Report on sanitation, dispensaries, and jails in Rajputana for 1915, and on vaccination for the year 1915-1916 - 1915-1916
Year: 1915
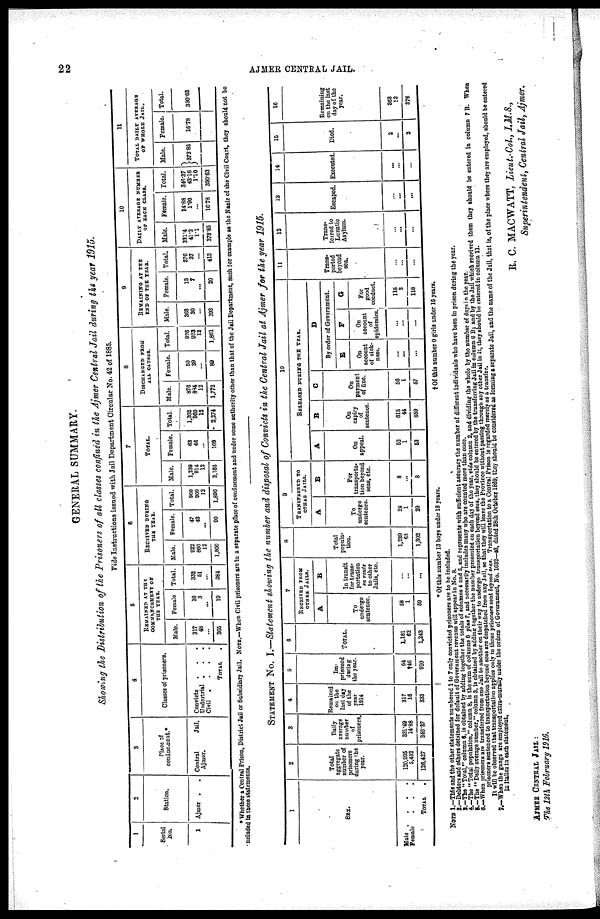
22
AJMER CENTRAL JAIL.
GENERAL SUMMARY.
Showing the Distribution of the Prisoners of all classes confined in the Ajmer Central Jail during the year 1915.
Vide Instructions issued with Jail Department Circular No. 42 of 1885.
1
Serial
No.
1
2
Station.
Ajmer . .
3
Place of
confinement.*
Central
Jail,
Ajmer.
4
Classes of prisoners
Convicts
. . .
Undertrial . . .
Civil .
.
.
.
TOTAL .
5
REMAINED AT THE
COMMANCEMENT OF
THE YEAR.
Male.
317
48
...
365
Female
16
3
...
19
Total.
333
51
...
384
6
RECEIVED DURING
THE YEAR.
Male.
922
866
12
1,800
female.
47
43
...
90
Total.
969
900
12
1,890
7
TOTAL.
Male
1,239
914
12
2,165
Female.
63
46
...
109
Total.
1,302
960
12
2,274
8
DISCHARGED FROM
ALL CAUSES.
Male.
876
884
12
1,772
Female.
50
39
...
89
Total.
926
923
12
1,861
9
REMAINING AT THE
END OF THE YEAR.
Male.
363
30
393
Female.
13
7
...
20
Total.
376
37
...
413
10
DAILY AVERAGE NUMBER
OF EACH CLASS.
Male.
331.4
41.2
1.1
373.85
Female.
14.88
1.90
...
16.78
Total.
346.37
43.16
1.10
300.63
11
TOTAL DAILY AVERAGE
OF WHOLE JAIL.
Male.
373. 85
Female.
16.78
Total.
390.63
* Whether a Central Prison, District Jail or Subsidiary Jail. NOTE.—When Civil prisoners are in a separate place of confinement and under some authority other than that of the Jail Department, such for example as the Nazir of the Civil Court, they should not be
included in these statements.
STATEMENT NO. I.—Statement showing the number and disposal of Convicts in the Central Jail at Ajmer for the year 1915.
1
SEX.
Male
.
.
.
Female...
TOTAL.
2
Total
aggregate
number of
prisoners
during the
year.
120,995
5,432
126,427
3
Daily
average
number
of
prisoners.
331.49
14.88
346.37
4
Remained
on the
last day
of the
year
1914
317
16
333
5
Im-
prisoned
during
the year.
64
†46
910
6
TOTAL.
1,181
62
1,243
7
RECEIVED FROM OTHER JAILS.
A
To
undergo
sentence.
58
1
59
B
In transit
for trans¬
portation
on route
to other
Jails, etc.
...
...
...
8
Total
popula-
tion.
1,239
63
1,302
9
TRANSFERED TO OTHER JAILS.
A
To
undergo
sentence.
28
1
29
B
For
transporta¬
tion beyond
seas, etc.
8
...
8
10
RELEASED DURING THE DURING
A
On
appeal.
52
1
53
B
On
expiry
of
sentence.
615
44
659
C
On
payment
of fine.
56
1
57
D
By order of Government.
E
On
account
of sick¬
ness.
...
...
...
F
On
account
of
epidemics.
...
...
...
G
For
good
conduct.
115
3
118
11
Trans-
ported
beyond
sea.
...
...
...
12
Trans¬
ferred to
Lunatic
Asylum.
...
...
...
13
Escaped.
...
...
...
14
Executed.
...
...
...
15
Died.
2
...
2
16
Remaining
on the last
day of the
year.
863
13
376
* Of this number 13 boys under 16 years.
† Of this number 0 girls under 15 years.
NOTE1.—This and the other statements numbered 1 to 7 only convicted prisoners are to be included.
2.—Debtors and others detained for default of Government revenue will appear in No. 8.
3.—The " Total,"column 6, is obtained by adding together the totals of columns 4 and 5. and represents with sufficient accuracy the number of different individuals who have been in prison during the year.
4.—The " Total population," column 8, is the sum of columns 6 plus 7, and necessarily includes many who are counted more than once.
5.—The " Daily average number," column 3, is obtained by adding together the number presented on each day of the year, vide column 2, and dividing the whole by the number of days in the year.
6.—When prisoners are transferred from one Jail to another on their way to undergo transportation beyond seas, they should be entered by the transferring Jail in column 6 B, and by the Jail which received them they should be entered in column 7 B. When
prisoners sentenced to transportation beyond seas are despatched from any Jail, so that they will leave the Province without passing through any other Jail in it, they should be entered in column 11.
It will be observed that transportation applies only to those prisoners sent beyond seas. Transportation to a Central Prison is regarded merely as a transfer.
7.—When the gangs are employed extra-murally under the orders of Government, No. 1632—43, dated 28th October 1869, they should be considered as forming a separate Jail, and the name of the Jail, that is, of the place where they are employed, should be entered
in italics in each statement.
AJMER CENTRAL JAIL:
The 12th February 1916.
R. C. MACWATT, Lieut.-Col., I.M.S.,
Superintendent, Central Jail, Ajmer.